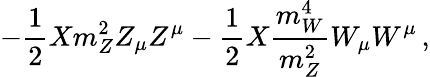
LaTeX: -\frac{1}{2}Xm_{Z}^{2}Z_{\mu}Z^{\mu}-\frac{1}{2}X\frac{m_{W}^{4}}{m_{Z}^{2}}W_{\mu}W^{\mu}\, ,